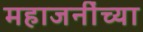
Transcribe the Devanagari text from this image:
महाजनींच्या